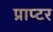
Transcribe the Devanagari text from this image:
प्राप्टर